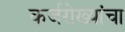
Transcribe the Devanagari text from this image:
कर्जरोख्यांचा